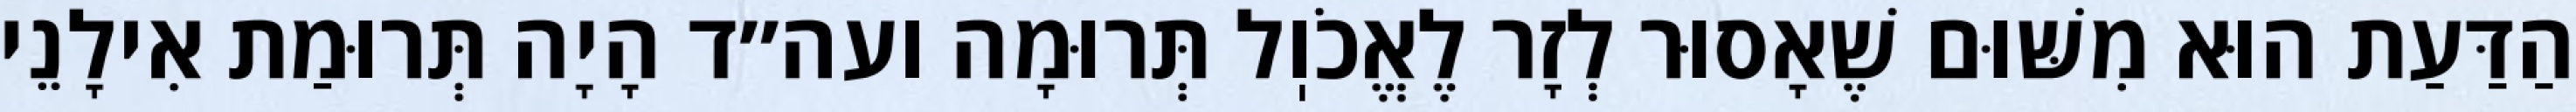
הַדַּעַת הוּא מִשּׁוּם שֶׁאָסוּר לְזָר לֶאֱכֹוֽל תְּרוּמָה ועה״ד הָיָה תְּרוּמַת אִילָנֵי